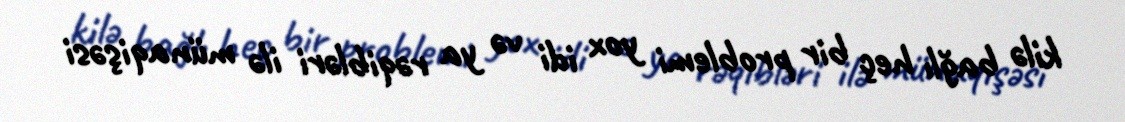
kilə bağlı heç bir problemi yox idi və ya rəqibləri ilə münaqişəsi